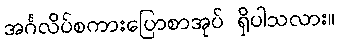
အင်္ဂလိပ်စကားပြောစာအုပ် ရှိပါသလား။